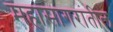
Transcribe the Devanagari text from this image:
महासागरांतील